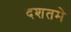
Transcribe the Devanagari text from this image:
दशतमे